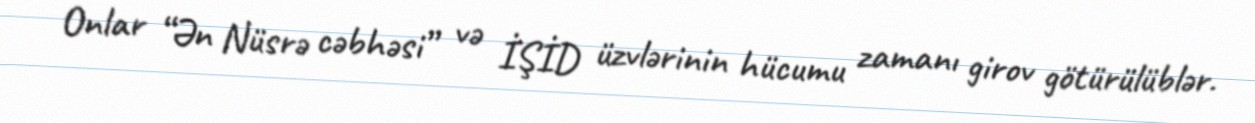
Onlar “Ən Nüsrə cəbhəsi” və İŞİD üzvlərinin hücumu zamanı girov götürülüblər.